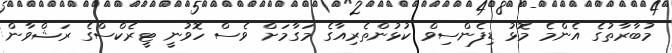
މުބާރާތުގެ އެންމެ މޮޅު ޑިފެންސިވް ކުޅުންތެރިއާގެ މަގާމަށް ވެސް ހޮވުނީ ޓީރެކްސްގެ ރަޝްވާން